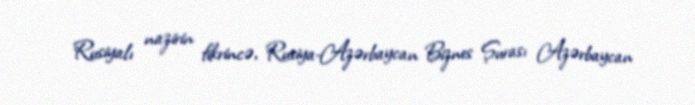
Rusiyalı nazirin fikrincə, Rusiya-Azərbaycan Biznes Şurası Azərbaycan